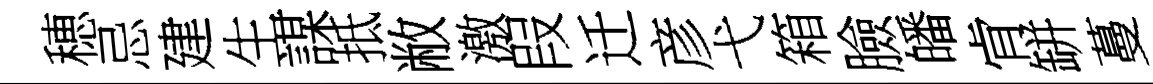
穂忌建生謀抵敝激叚迁彦弋箱臉皤肻缾蔓